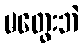
မတွေးဘဲ